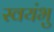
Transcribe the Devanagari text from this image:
स्‍वयंभु